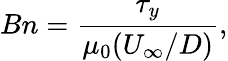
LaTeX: Bn=\frac{\tau_{y}}{\mu_{0}(U_{\infty}/D)},